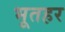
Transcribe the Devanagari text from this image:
भूतहर